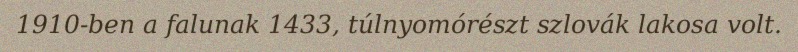
1910-ben a falunak 1433, túlnyomórészt szlovák lakosa volt.